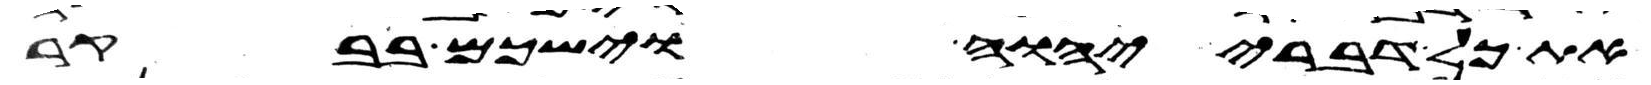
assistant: את כל דברי יהוה וישכם בבקר